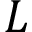
L